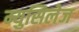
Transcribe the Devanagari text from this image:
म्युसिलेज